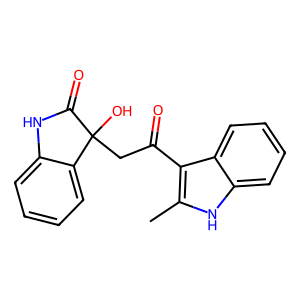
SMILES: Cc1[nH]c2ccccc2c1C(=O)CC1(O)C(=O)Nc2ccccc21
Inhibits HIV replication: No